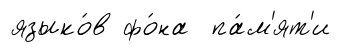
языко́в фо́на па́м'ят'и